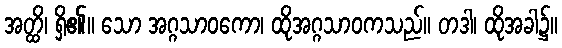
အတ္ထိ၊ ရှိ၏။ သော အဂ္ဂသာဝကော၊ ထိုအဂ္ဂသာဝကသည်။ တဒါ၊ ထိုအခါ၌။